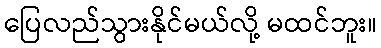
ပြေလည်သွားနိုင်မယ်လို့ မထင်ဘူး။